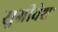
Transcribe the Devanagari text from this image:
सुग्रीवेशः